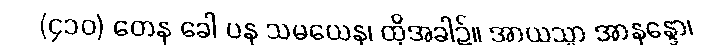
(၄၁၀) တေန ခေါ ပန သမယေန၊ ထိုအခါ၌။ အာယသ္မာ အာနန္ဒော၊